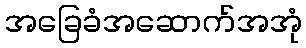
အခြေခံအဆောက်အအုံ